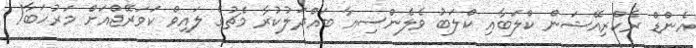
އެންޑް ރެކްރިއޭޝަން ކްލަބާއި ކްލަބު ވެލެންސިއާ ބައްދަލުކުރާ މެޗުގެ ލައިވް ކަވަރޭޖްއަށް މަރުހަބާ!